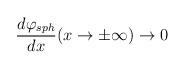
LaTeX: \begin{align*}\frac{d\varphi_{sph}}{dx} (x\rightarrow \pm \infty)\rightarrow 0\end{align*}